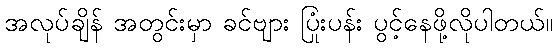
အလုပ်ချိန် အတွင်းမှာ ခင်ဗျား ပြုံးပန်း ပွင့်နေဖို့လိုပါတယ်။